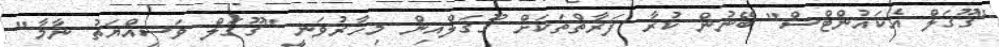
"ގޫގަލް އެކައުންޓްސް" ބޭނުން ކުރާ ފަރާތްތަކަށް ގޫގަލްއިން މިހާރުވަނީ "ގޫގަލް ވަސިއްޔަތު ނާމާ"